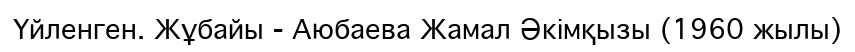
Үйленген. Жұбайы - Аюбаева Жамал Әкімқызы (1960 жылы)